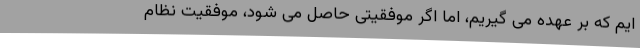
ایم که بر عهده می گیریم، اما اگر موفقیتی حاصل می شود، موفقیت نظام